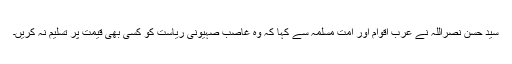
سید حسن نصراللہ نے عرب اقوام اور امت مسلمہ سے کہا کہ وہ غاصب صہیونی ریاست کو کسی بھی قیمت پر تسلیم نہ کریں۔